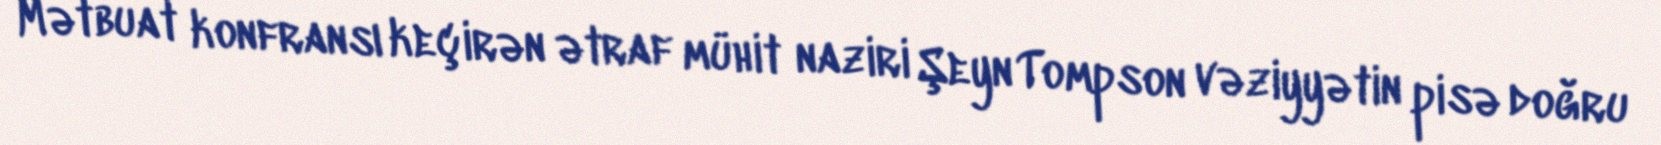
Mətbuat konfransı keçirən ətraf mühit naziri Şeyn Tompson vəziyyətin pisə doğru